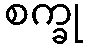
စက္ခု